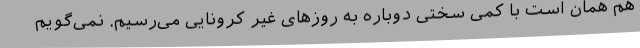
هم همان است با کمی سختی دوباره به روزهای غیر کرونایی می‌رسیم. نمی‌گویم